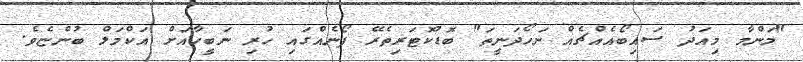
"މަންމާ މިއަދު ސައިބޯއެއްޗެއް ނަހޯދަނީތަ" ބޮޑުކޮޓަރިތެރޭ ފޯނެއްގައި ހުރި ނަބީހާއަށް އަކްމަލް ބުންޏެވެ.